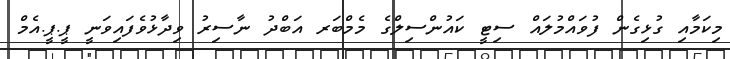
މިކަމާއި ގުޅިގެން ފުވައްމުލައް ސިޓީ ކައުންސިލްގެ މެމްބަރ އަބްދު ނާސިރު ވިދާޅުވެފައިވަނީ ޕީ.ޕީ.އެމް